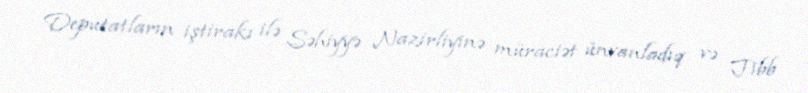
Deputatların iştirakı ilə Səhiyyə Nazirliyinə müraciət ünvanladıq və Tibb